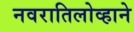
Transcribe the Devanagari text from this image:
नवरातिलोव्हाने